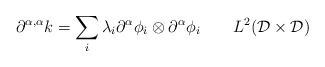
\begin{align*}\partial^{\alpha,\alpha}k = \sum_i \lambda_i \partial^{\alpha}\phi_i \otimes\partial^{\alpha}\phi_i \ \ \ \ \ \ L^2(\mathcal{D}\times\mathcal{D})\end{align*}